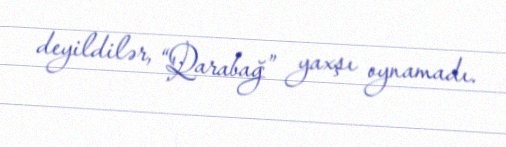
deyildilər, “Qarabağ” yaxşı oynamadı.